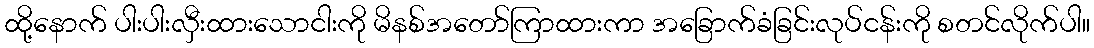
ထို့နောက် ပါးပါးလှီးထားသောငါးကို မိနစ်အတော်ကြာထားကာ အခြောက်ခံခြင်းလုပ်ငန်းကို စတင်လိုက်ပါ။